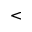
<